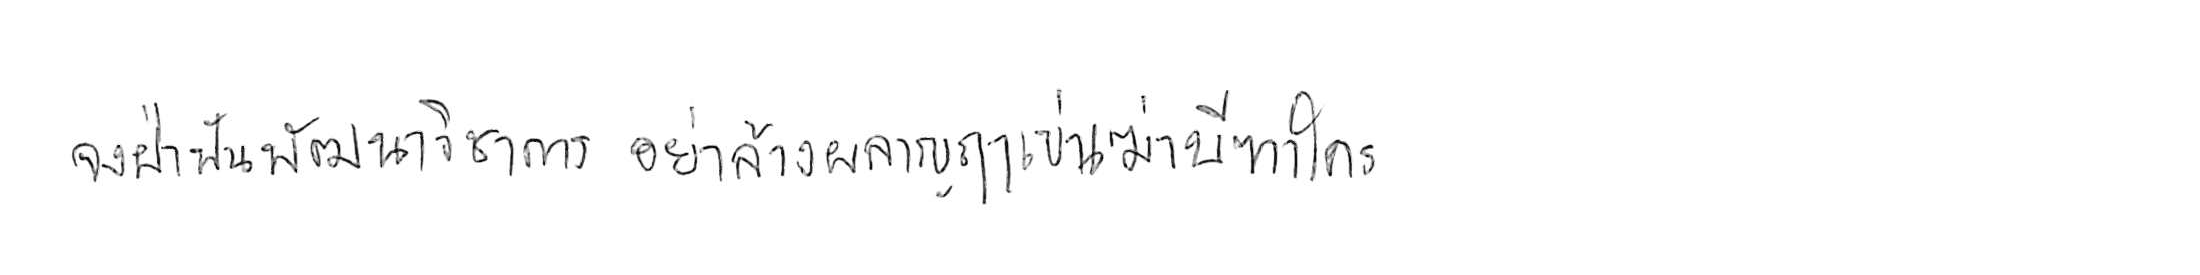
จงฝ่าฟันพัฒนาวิชาการ อย่าล้างผลาญฤๅเข่นฆ่าบีฑาใคร